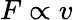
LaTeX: F\propto v